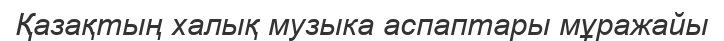
Қазақтың халық музыка аспаптары мұражайы